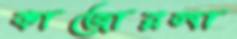
কাজোরলা